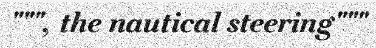
""", the nautical steering"""